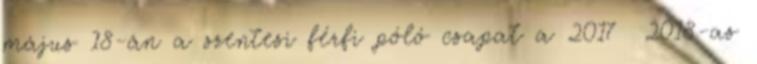
május 18-án a szentesi férfi póló csapat a 2017 2018-as